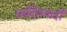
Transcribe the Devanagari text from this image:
सर्वदेववादी